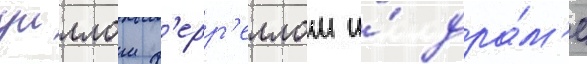
уиллом ф'ерр'еллом и́ дра́м'е